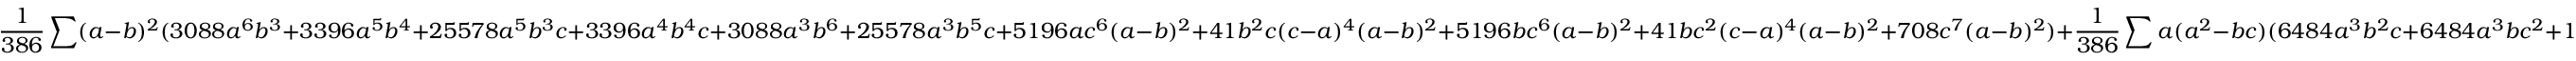
\frac { 1 } { 3 8 6 } \sum ( a - b ) ^ { 2 } ( 3 0 8 8 a ^ { 6 } b ^ { 3 } + 3 3 9 6 a ^ { 5 } b ^ { 4 } + 2 5 5 7 8 a ^ { 5 } b ^ { 3 } c + 3 3 9 6 a ^ { 4 } b ^ { 4 } c + 3 0 8 8 a ^ { 3 } b ^ { 6 } + 2 5 5 7 8 a ^ { 3 } b ^ { 5 } c + 5 1 9 6 a c ^ { 6 } ( a - b ) ^ { 2 } + 4 1 b ^ { 2 } c ( c - a ) ^ { 4 } ( a - b ) ^ { 2 } + 5 1 9 6 b c ^ { 6 } ( a - b ) ^ { 2 } + 4 1 b c ^ { 2 } ( c - a ) ^ { 4 } ( a - b ) ^ { 2 } + 7 0 8 c ^ { 7 } ( a - b ) ^ { 2 } ) + \frac { 1 } { 3 8 6 } \sum a ( a ^ { 2 } - b c ) ( 6 4 8 4 a ^ { 3 } b ^ { 2 } c + 6 4 8 4 a ^ { 3 } b c ^ { 2 } + 1 0 8 8 a b ( b - c ) ^ { 4 } + 1 0 8 8 a c ( b - c ) ^ { 4 } + 1 5 9 ( b - c ) ^ { 6 } ) + \frac { 1 2 9 0 } { 1 9 3 } \sum a ( a ^ { 3 } - b c ^ { 2 } ) ^ { 2 } ( b - c ) ^ { 4 } + \frac { 1 2 9 0 } { 1 9 3 } \sum a ( a ^ { 3 } - b ^ { 2 } c ) ^ { 2 } ( b - c ) ^ { 4 } \ge 0